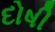
દોષી